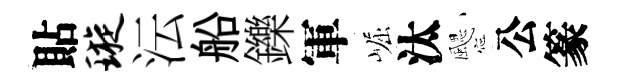
貼璇沄船鑠軍崛汰颸公篆